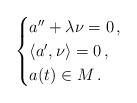
LaTeX: \begin{align*} \begin{cases} a''+\lambda \nu=0\,,\\ \langle a',\nu\rangle=0\,,\\ a(t)\in M\,. \end{cases}\end{align*}